Vaccination in Burma 1900-1911 - 1900-1911
Year: 1900
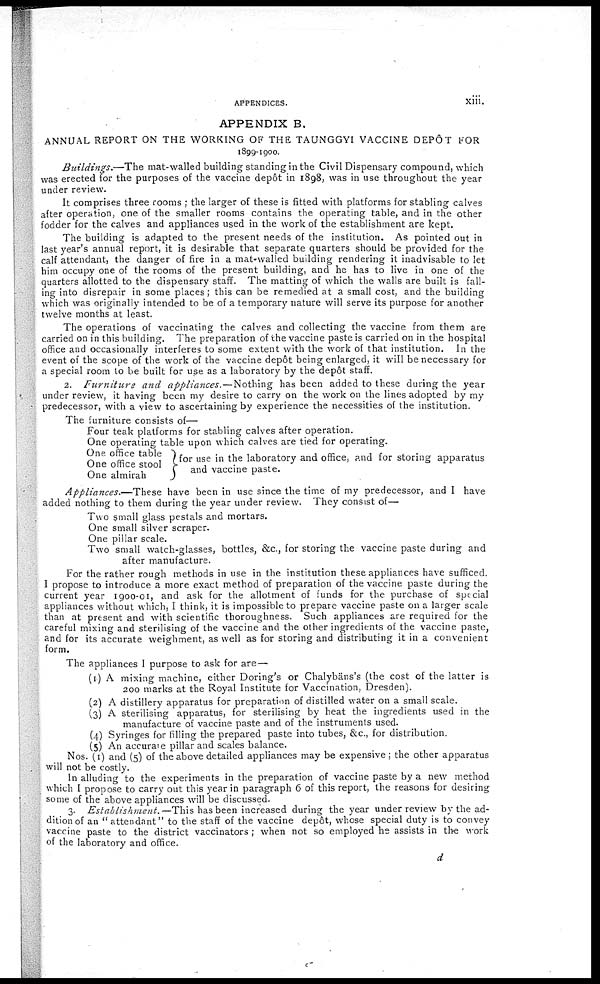
APPENDICES.
xiii.
APPENDIX B.
ANNUAL REPORT ON THE WORKING OF THE TAUNGGYI VACCINE DEPÔT FOR
1899-1900.
Buildings.—The
mat-walled building standing in the Civil Dispensary compound, which
was erected for the purposes of the vaccine depôt in 1898, was in use throughout the year
under review.
It comprises three rooms ; the larger of these is fitted with platforms for stabling calves
after operation, one of the smaller rooms contains the operating table, and in the other
fodder for the calves and appliances used in the work of the establishment are kept.
The building is adapted to the present needs of the institution. As pointed out in
last year's annual report, it is desirable that separate quarters should be provided for the
calf attendant, the danger of fire in a mat-walled building rendering it inadvisable to let
him occupy one of the rooms of the present building, and he has to live in one of the
quarters allotted to the dispensary staff. The matting of which the walls are built is fall-
ing into disrepair in some places; this can be remedied at a small cost, and the building
which was originally intended to be of a temporary nature will serve its purpose for another
twelve months at least.
The operations of vaccinating the calves and collecting the vaccine from them are
carried on in this building. The preparation of the vaccine paste is carried on in the hospital
office and occasionally interferes to some extent with the work of that institution. In the
event of the scope of the work of the vaccine depôt being enlarged, it will be necessary for
a special room to be built for use as a laboratory by the depôt staff.
2. Furniture
and appliances.—Nothing
has been added to these during the year
under review, it having been my desire to carry on the work on the lines adopted by my
predecessor, with a view to ascertaining by experience the necessities of the institution.
The furniture consists of—
Four teak platforms for stabling calves after operation.
One operating table upon which calves are tied for operating.
One office table
One office stool
One almirah
for use in the laboratory and office, and for storing apparatus
and vaccine paste.
Appliances.—These
have been in use since the time of my predecessor, and I have
added nothing to them during the year under review. They consist of—
Two small glass pestals and mortars.
One small silver scraper.
One pillar scale.
Two small watch-glasses, bottles, &., for storing the vaccine paste during and
after manufacture.
For the rather rough methods in use in the institution these appliances have sufficed.
I propose to introduce a more exact method of preparation of the vaccine paste during the
current year 1900-01, and ask for the allotment of funds for the purchase of special
appliances without which, I think, it is impossible to prepare vaccine paste on a larger scale
than at present and with scientific thoroughness. Such appliances are required for the
careful mixing and sterilising of the vaccine and the other ingredients of the vaccine paste,
and for its accurate weighment, as well as for storing and distributing it in a convenient
form.
The appliances I purpose to ask for are—
(I)
(2)
(3)
A mixing machine, either Doring's or Chalybans's (the cost of the latter is
200 marks at the Royal Institute for Vaccination, Dresden).
A distillery apparatus for preparation of distilled water on a small scale.
A sterilising apparatus, for sterilising by heat the ingredients used in the
manufacture of vaccine paste and of the instruments used.
(4) Syringes for filling the prepared paste into tubes, &c, for distribution.
(5) An accurate pillar and scales balance.
Nos. (1) and (5) of the above detailed appliances may be expensive; the other apparatus
will not be costly.
In alluding to the experiments in the preparation of vaccine paste by a new method
which I propose to carry out this year in paragraph 6 of this report, the reasons for desiring
some of the above appliances will be discussed.
3. Establishment.—This
has been increased during the year under review by the ad-
dition of an " attendant" to the staff of the vaccine depôt, whose special duty is to convey
vaccine paste to the district vaccinators ; when not so employed he assists in the work
of the laboratory and office.
d